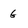
Character: g